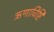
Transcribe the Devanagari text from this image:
ऋणाविष्टि